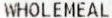
WHOLEMEAL